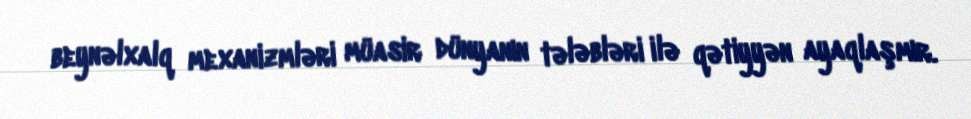
beynəlxalq mexanizmləri müasir dünyanın tələbləri ilə qətiyyən ayaqlaşmır.